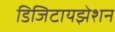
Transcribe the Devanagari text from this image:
डिजिटायझेशन